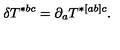
\delta T ^ { * b c } = \partial _ { a } T ^ { * [ a b ] c } .